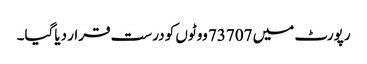
رپورٹ میں 73707 ووٹوں کو درست قرار دیاگیا۔